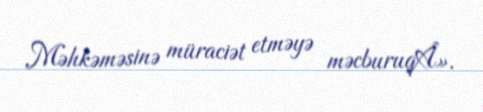
Məhkəməsinə müraciət etməyə məcburuqÂ».